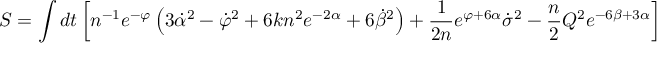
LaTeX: S = \int d t \left[ n ^ { - 1 } e ^ { - \varphi } \left( 3 \dot { \alpha } ^ { 2 } - \dot { \varphi } ^ { 2 } + 6 k n ^ { 2 } e ^ { - 2 \alpha } + 6 \dot { \beta } ^ { 2 } \right) + \frac { 1 } { 2 n } e ^ { \varphi + 6 \alpha } \dot { \sigma } ^ { 2 } - \frac { n } { 2 } Q ^ { 2 } e ^ { - 6 \beta + 3 \alpha } \right] ,